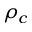
\rho _ { c }